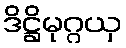
ဒိဋ္ဌိမုဂ္ဂယှ